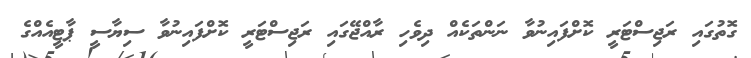
ގޮތުގައި ރަޖިސްޓަރީ ކޮށްފައިނުވާ ނަންތަކެއް ދިވެހި ރާއްޖޭގައި ރަޖިސްޓަރީ ކޮށްފައިނުވާ ސިޔާސީ ޕާޓީއެއްގެ